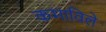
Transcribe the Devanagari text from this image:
कमाविले